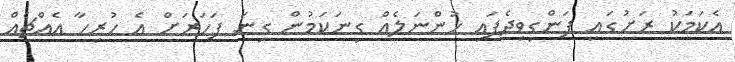
އެކަމަކު ރަށުގައި ފަންގިވިދެފައި ހުންނަލެއް ގިނަކަމުން ގިނަ ފަހަރަށް އެ ހުރިހާ އެއްޗެއް